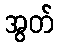
အွတ်